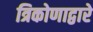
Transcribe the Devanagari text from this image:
त्रिकोणाद्वारे